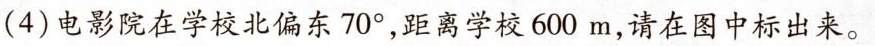
(4)电影院在学校北偏东70°，距离学校600m，请在图中标出来。